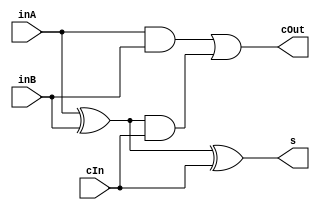
/*
    CS/ECE 552 Spring '23
    Homework #1, Problem 2
    
    a 1-bit full adder
*/
`default_nettype none
module fullAdder1b(s, cOut, inA, inB, cIn);
    output wire s;
    output wire cOut;
    input  wire inA, inB;
    input  wire cIn;

    // YOUR CODE HERE
	wire x1, a1, a2;

	assign x1 = inA^inB;
    assign a1 = inA&inB;
    assign a2 = x1&cIn;

    assign cOut = a1|a2;
    assign s = x1^cIn;
	
	
endmodule
`default_nettype wire